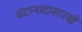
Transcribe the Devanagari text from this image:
घंटानादासारखे